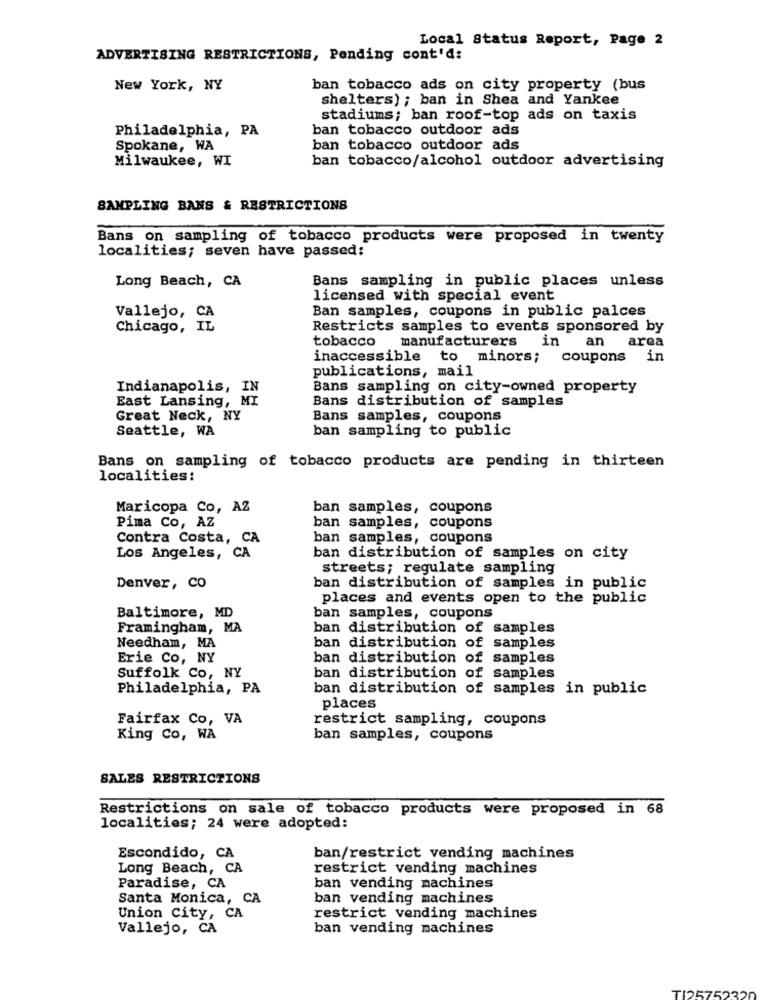
Local Status Report, Page 2
ADVERTISING RESTRICTIONS, Pending cont'd:
New York, NY
ban tobacco ads on city property (bus
shelters) ; ban in Shea and Yankee
stadiums; ban roof-top ads on taxis
Philadelphia, PA
ban tobacco outdoor ads
Spokane, WA
ban tobacco outdoor ads
Milwaukee, WI
ban tobacco/alcohol outdoor advertising
SAMPLING BANS & RESTRICTIONS
Bans on sampling of tobacco products were proposed in twenty
localities; seven have passed:
Long Beach, CA
Bans sampling in public places unless
licensed with special event
Vallejo, CA
Ban samples, coupons in public palces
Chicago, IL
Restricts samples to events sponsored by
tobacco
manufacturers
in an area
inaccessible to minors; coupons
in
publications, mail
Indianapolis, IN
Bans sampling on city-owned property
East Lansing, MI
Bans distribution of samples
Great Neck, NY
Bans samples, coupons
Seattle, WA
ban sampling to public
Bans on sampling of tobacco products are pending in thirteen
localities:
Maricopa Co, AZ
ban samples, coupons
Pima Co, AZ
ban samples, coupons
Contra Costa, CA
ban samples, coupons
Los Angeles, CA
ban distribution of samples on city
streets; regulate sampling
Denver, CO
ban distribution of samples in public
places and events open to the public
Baltimore, MD
ban samples, coupons
Framingham, MA
ban distribution of samples
Needham, MA
ban distribution of samples
Erie Co, NY
ban distribution of samples
Suffolk Co, NY
ban distribution of samples
Philadelphia, PA
ban distribution of samples in public
places
Fairfax Co, VA
restrict sampling, coupons
King Co, WA
ban samples, coupons
SALES RESTRICTIONS
Restrictions on sale of tobacco products were proposed in 68
localities; 24 were adopted:
Escondido, CA
ban/restrict vending machines
Long Beach, CA
restrict vending machines
Paradise, CA
ban vending machines
Santa Monica, CA
ban vending machines
Union City, CA
restrict vending machines
Vallejo, CA
ban vending machines
TI25752320